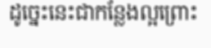
ដូច្នេះនេះជាកន្លែងល្អព្រោះ